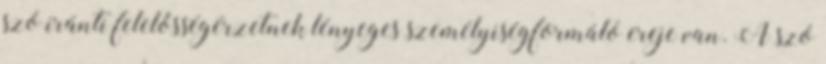
szó iránti felelősségérzetnek lényeges személyiségformáló ereje van. A szó